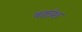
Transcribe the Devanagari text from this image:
षष्टांश